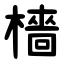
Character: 檣